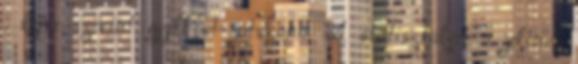
, szíve szerint gyilkost játszana. A statisztákat a jelenet